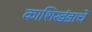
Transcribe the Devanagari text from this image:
काशिखंडाचे